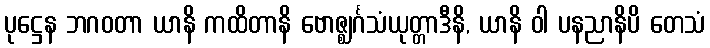
ပုဋ္ဌေန ဘဂဝတာ ယာနိ ကထိတာနိ ဗောဇ္ဈင်္ဂသံယုတ္တာဒီနိ, ယာနိ ဝါ ပနညာနိပိ တေသံ